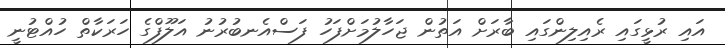
އައި ރުޅީގައި ރެއިލިންގައި ބާރަށް އަތުން ޖަހާލުމަށްފަހު ފަސްއެނބުރުނު އަލޫފްގެ ހަރަކާތް ހުއްޓުނީ